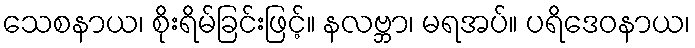
သေစနာယ၊ စိုးရိမ်ခြင်းဖြင့်။ နလဗ္ဘာ၊ မရအပ်။ ပရိဒေဝနာယ၊